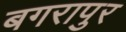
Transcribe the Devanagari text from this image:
बगरापुर